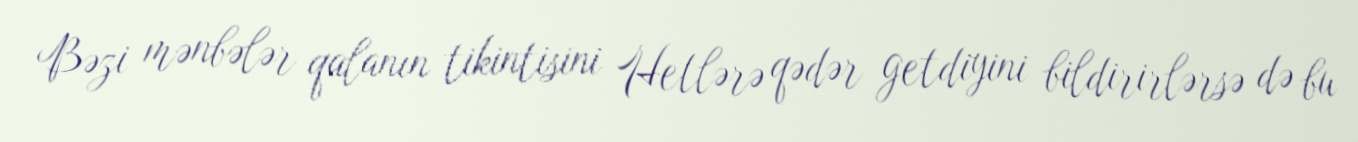
Bəzi mənbələr qalanın tikintisini Hetlərə qədər getdiyini bildirirlərsə də bu